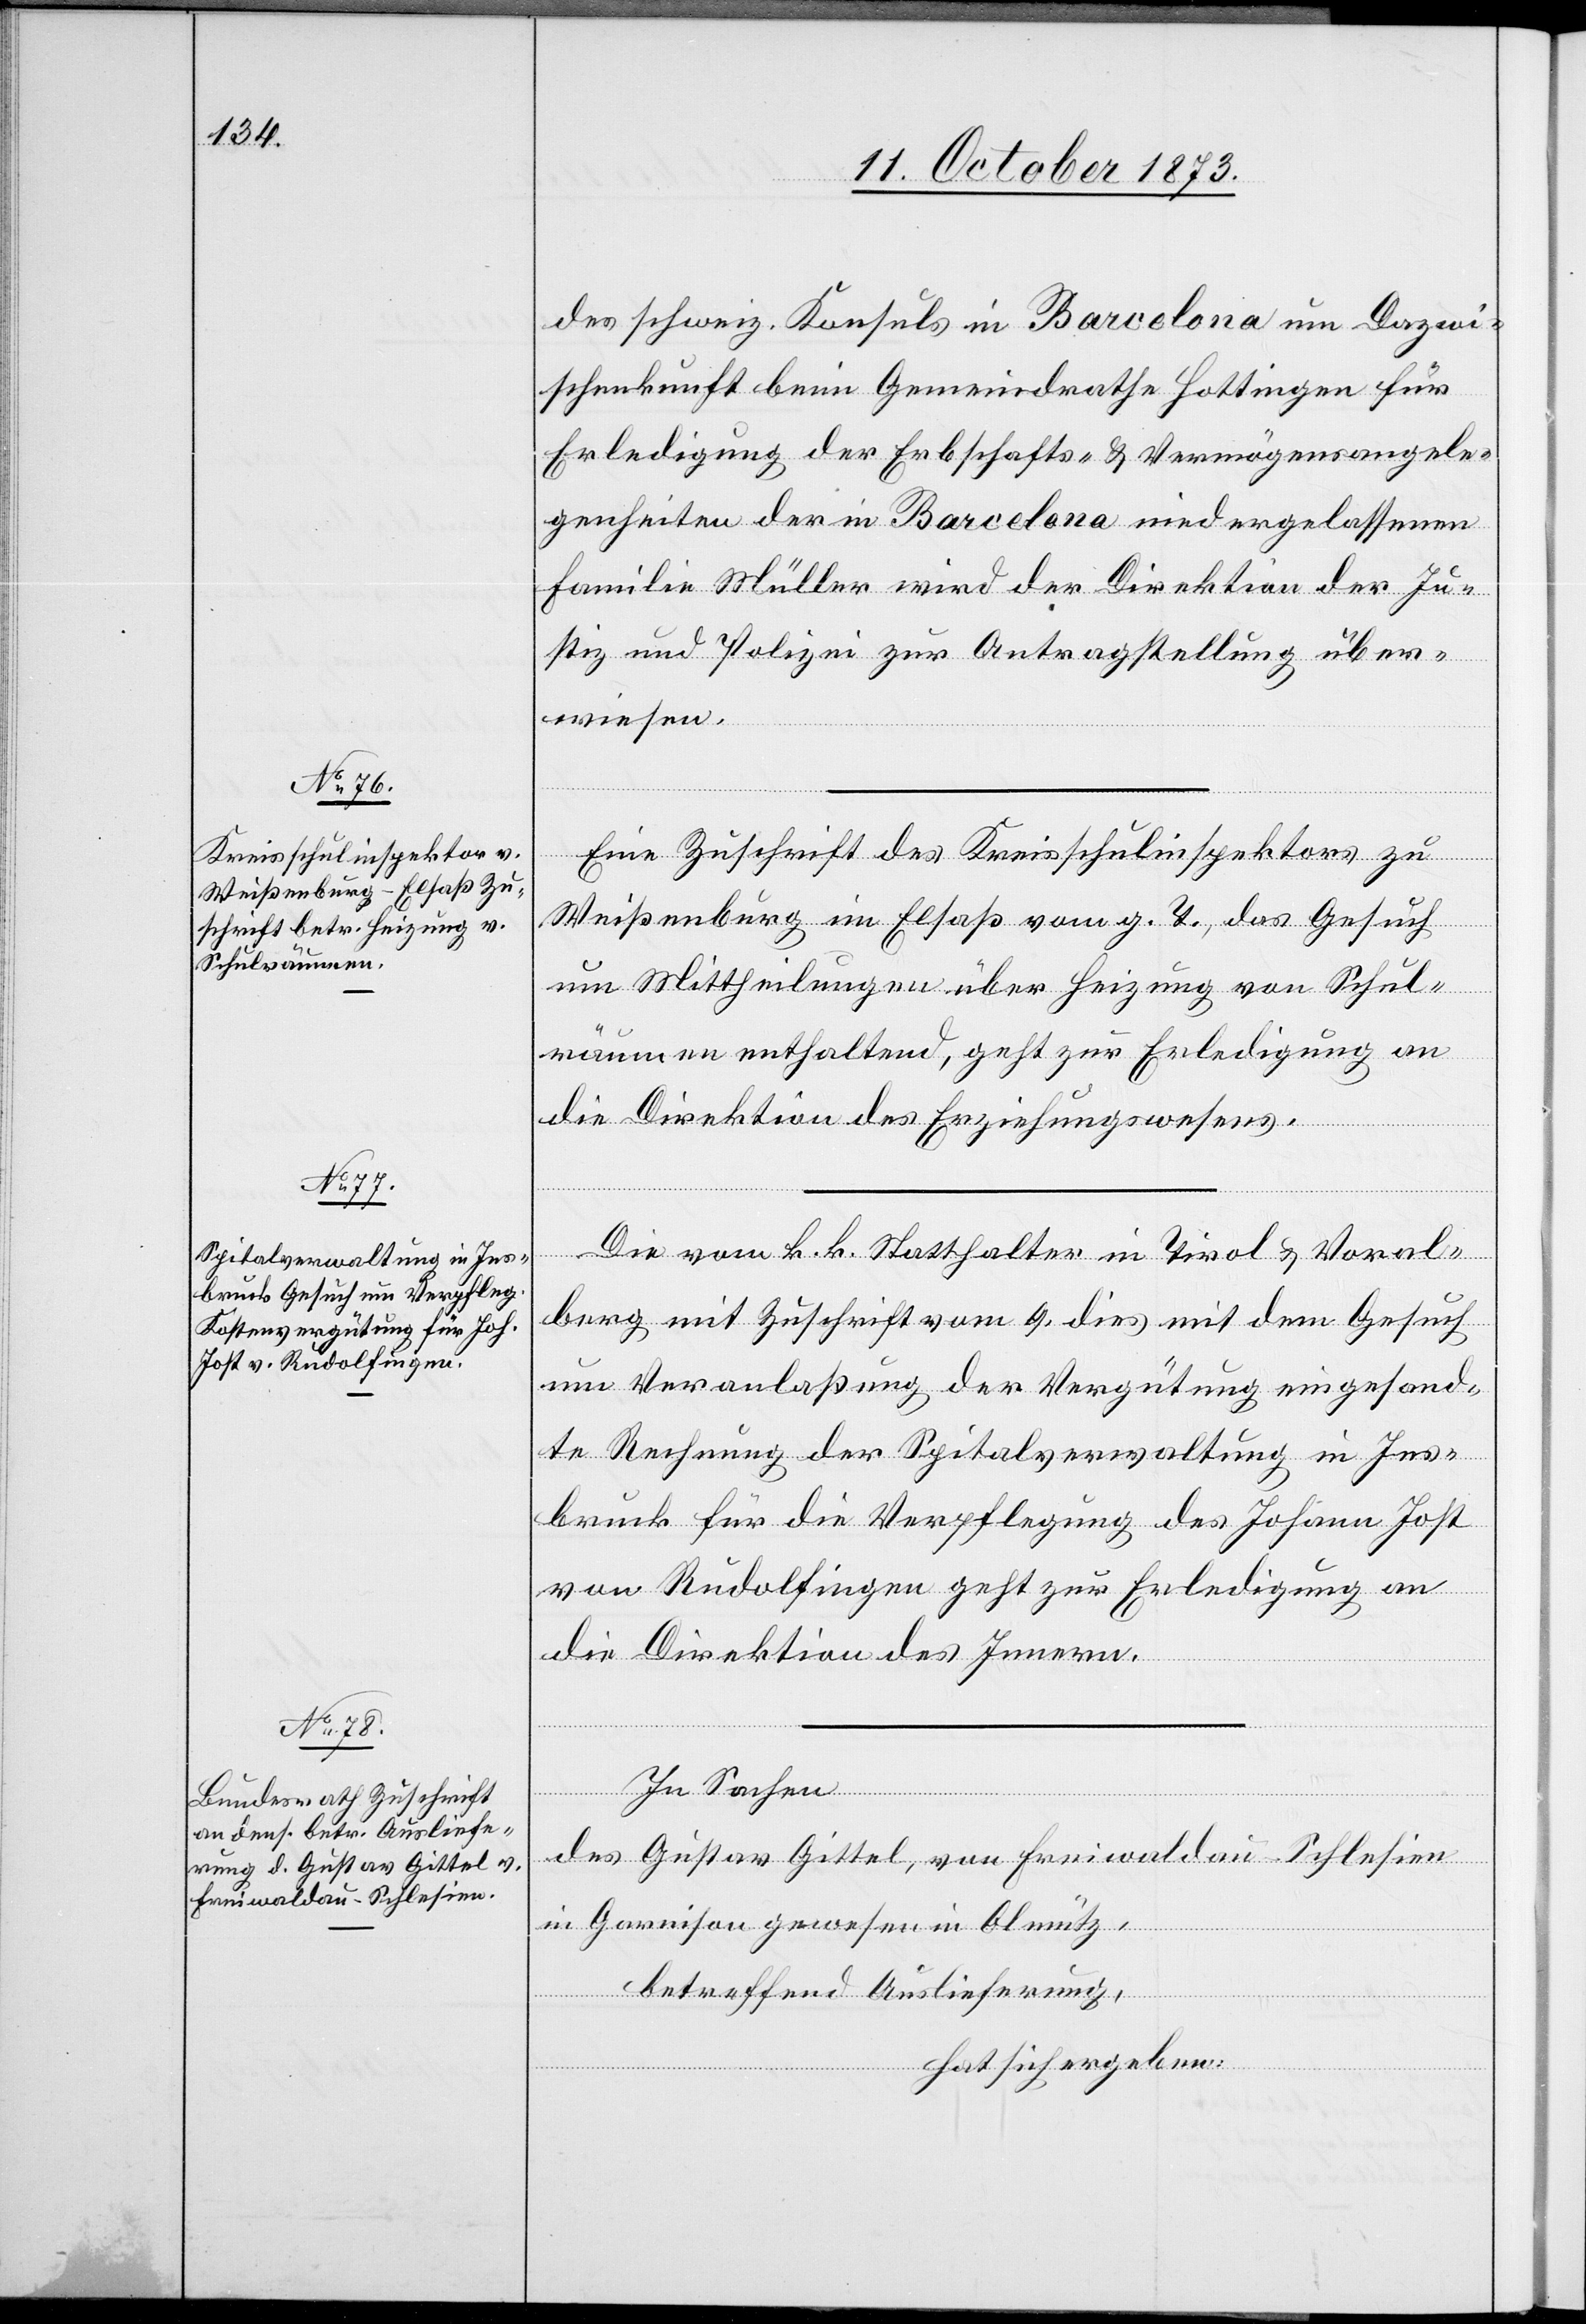
13. October 1873.]
des schweiz. Konsuls in Barcelona um Dazwi¬
schenkunft beim Gemeindrathe Hottingen für
Erledigung der Erbschafts- & Vermögensangele¬
genheiten der in Barcelona niedergelassenen
Familie Müller wird der Direktion der Ju¬
stiz und Polizei zur Antragstellung über¬
wiesen.
Eine Zuschrift des Kreisschulinspektors zu
Weißenburg im Elsaß vom g. T., das Gesuch
um Mittheilungen über Heizung von Schul¬
räumen enthaltend, geht zur Erledigung an
die Direktion des Erziehungswesens.
Die vom k. k. Statthalter in Tirol & Voral¬
berg mit Zuschrift vom 9. dies mit dem Gesuch
um Veranlaßung der Vergütung eingesand¬
te Rechnung der Spitalverwaltung in Ins¬
bruck für die Verpflegung des Johann Jost
von Rudolfingen geht zur Erledigung an
die Direktion des Innern.
In Sachen
des Gustav Gittel, von Freiwaldau - Schlesien
in Garnison gewesen in Olmütz,
betreffend Auslieferung,
hat sich ergeben: